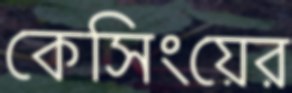
কেসিংয়ের